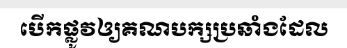
បើកផ្លូវឲ្យគណបក្សប្រឆាំងដែល